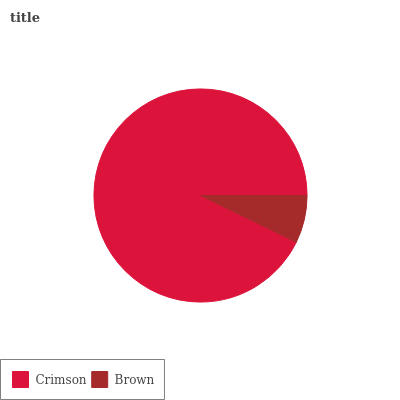
| Crimson | Brown |
 | --- | --- |
 | 92.8% | 7.21% |